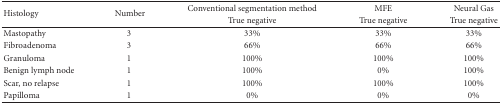
<table><thead><tr><td rowspan="2"><b> Histology</b></td><td rowspan="2"><b> Number</b></td><td><b> Conventional segmentation method</b></td><td><b> MFE</b></td><td><b> Neural Gas</b></td></tr><tr><td><b> True negative</b></td><td><b> True negative</b></td><td><b> True negative</b></td></tr></thead><tbody><tr><td> Mastopathy</td><td> 3</td><td> 33%</td><td> 33%</td><td> 33%</td></tr><tr><td> Fibroadenoma</td><td> 3</td><td> 66%</td><td> 66%</td><td> 66%</td></tr><tr><td> Granuloma</td><td> 1</td><td> 100%</td><td> 100%</td><td> 100%</td></tr><tr><td> Benign lymph node</td><td> 1</td><td> 100%</td><td> 0%</td><td> 100%</td></tr><tr><td>Scar, no relapse</td><td>1</td><td>100%</td><td>100%</td><td>100%</td></tr><tr><td> Papilloma</td><td> 1</td><td> 0%</td><td> 0%</td><td> 0%</td></tr></tbody></table>